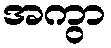
အကွာ